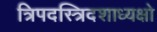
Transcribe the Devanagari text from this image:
त्रिपदस्त्रिदशाध्यक्षो